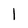
Character: 1